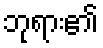
ဘုရား၏